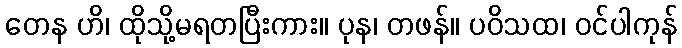
တေန ဟိ၊ ထိုသို့မရတပြီးကား။ ပုန၊ တဖန်။ ပဝိသထ၊ ဝင်ပါကုန်